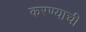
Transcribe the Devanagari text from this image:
करण्याची